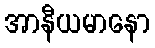
အာနီယမာနော